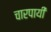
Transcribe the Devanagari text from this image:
चारपायी